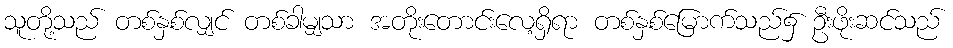
သူတို့သည် တစ်နှစ်လျှင် တစ်ခါမျှသာ အတိုးတောင်းလေ့ရှိရာ တစ်နှစ်မြောက်သည်၌ ဦးဖိုးဆင်သည်